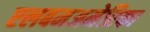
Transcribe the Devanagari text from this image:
एलबमअमेरिका